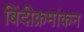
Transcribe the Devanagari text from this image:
बिंदीक्रमांकन